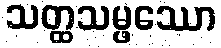
သတ္ထသမ္ဖဿော